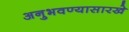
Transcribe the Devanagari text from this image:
अनुभवण्यासारखे